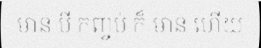
មាន បី កញ្ចប់ ក៏ មាន ហើយ